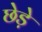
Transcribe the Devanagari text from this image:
छेडे़